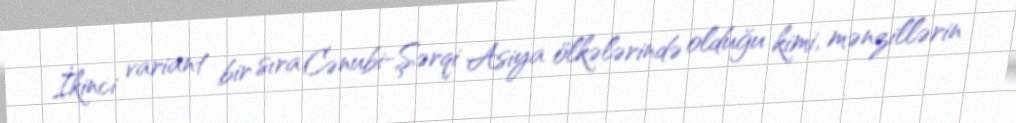
İkinci variant bir sıra Cənubi-Şərqi Asiya ölkələrində olduğu kimi, mənzillərin